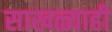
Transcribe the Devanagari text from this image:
साखळ्याही